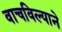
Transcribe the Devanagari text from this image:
वाचविल्याने